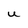
Character: U